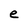
Character: e